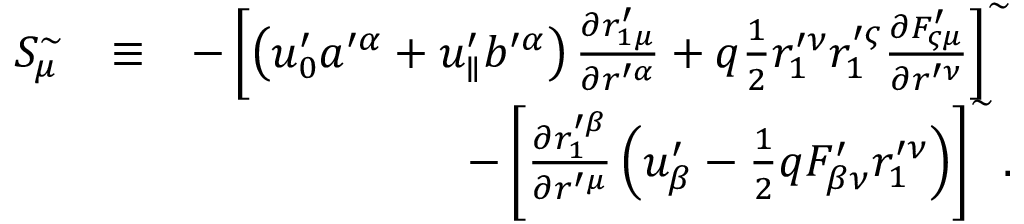
\begin{array} { r l r } { S _ { \mu } ^ { \sim } } & { \equiv } & { - \left[ \left( u _ { 0 } ^ { \prime } a ^ { \prime \alpha } + u _ { \parallel } ^ { \prime } b ^ { \prime \alpha } \right) \frac { \partial r _ { 1 \mu } ^ { \prime } } { \partial r ^ { \prime \alpha } } + q \frac { 1 } { 2 } r _ { 1 } ^ { \prime \nu } r _ { 1 } ^ { \prime \varsigma } \frac { \partial F _ { \varsigma \mu } ^ { \prime } } { \partial r ^ { \prime \nu } } \right] ^ { \sim } } \\ & { } & { - \left[ \frac { \partial r _ { 1 } ^ { \prime \beta } } { \partial r ^ { \prime \mu } } \left( u _ { \beta } ^ { \prime } - \frac { 1 } { 2 } q F _ { \beta \nu } ^ { \prime } r _ { 1 } ^ { \prime \nu } \right) \right] ^ { \sim } . } \end{array}